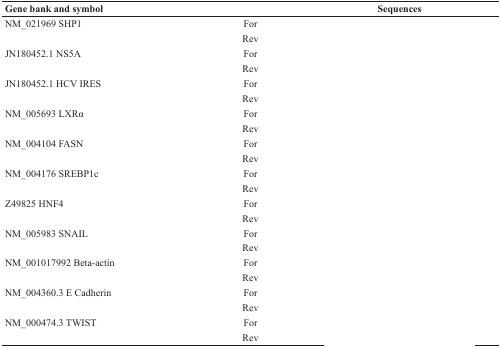
<table><thead><tr><td><b>Gene bank and symbol</b></td><td>[EMPTY_CELL]</td><td><b>Sequences</b></td></tr></thead><tbody><tr><td>NM_021969 SHP1</td><td>For</td><td>[EMPTY_CELL]</td></tr><tr><td>[EMPTY_CELL]</td><td>Rev</td><td>[EMPTY_CELL]</td></tr><tr><td>JN180452.1 NS5A</td><td>For</td><td>[EMPTY_CELL]</td></tr><tr><td>[EMPTY_CELL]</td><td>Rev</td><td>[EMPTY_CELL]</td></tr><tr><td>JN180452.1 HCV IRES</td><td>For</td><td>[EMPTY_CELL]</td></tr><tr><td>[EMPTY_CELL]</td><td>Rev</td><td>[EMPTY_CELL]</td></tr><tr><td>NM_005693 LXRα</td><td>For</td><td>[EMPTY_CELL]</td></tr><tr><td>[EMPTY_CELL]</td><td>Rev</td><td>[EMPTY_CELL]</td></tr><tr><td>NM_004104 FASN</td><td>For</td><td>[EMPTY_CELL]</td></tr><tr><td>[EMPTY_CELL]</td><td>Rev</td><td>[EMPTY_CELL]</td></tr><tr><td>NM_004176 SREBP1c</td><td>For</td><td>[EMPTY_CELL]</td></tr><tr><td>[EMPTY_CELL]</td><td>Rev</td><td>[EMPTY_CELL]</td></tr><tr><td>Z49825 HNF4</td><td>For</td><td>[EMPTY_CELL]</td></tr><tr><td>[EMPTY_CELL]</td><td>Rev</td><td>[EMPTY_CELL]</td></tr><tr><td>NM_005983 SNAIL</td><td>For</td><td>[EMPTY_CELL]</td></tr><tr><td>[EMPTY_CELL]</td><td>Rev</td><td>[EMPTY_CELL]</td></tr><tr><td>NM_001017992 Beta-actin</td><td>For</td><td>[EMPTY_CELL]</td></tr><tr><td>[EMPTY_CELL]</td><td>Rev</td><td>[EMPTY_CELL]</td></tr><tr><td>NM_004360.3 E Cadherin</td><td>For</td><td>[EMPTY_CELL]</td></tr><tr><td>[EMPTY_CELL]</td><td>Rev</td><td>[EMPTY_CELL]</td></tr><tr><td>NM_000474.3 TWIST</td><td>For</td><td>[EMPTY_CELL]</td></tr><tr><td>[EMPTY_CELL]</td><td>Rev</td><td>[EMPTY_CELL]</td></tr></tbody></table>